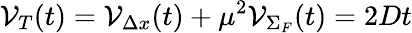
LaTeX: {\cal V}_{T}(t)={\cal V}_{\Delta x}(t)+\mu^{2}{\cal V}_{\Sigma_{F}}(t)=2Dt